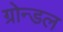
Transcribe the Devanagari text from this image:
ग्रोन्डल